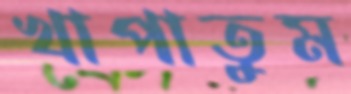
খাপাতুম